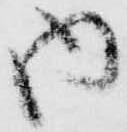
内